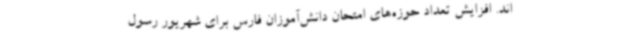
اند. افزایش تعداد حوزه‌های امتحان دانش‌آموزان فارس برای شهریور رسول